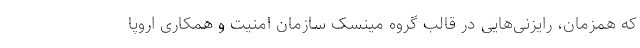
که همزمان، رایزنی‌هایی در قالب گروه مینسک سازمان امنیت و همکاری اروپا